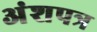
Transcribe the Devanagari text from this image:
अंशपत्र